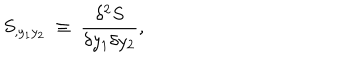
S _ { , y _ { 1 } y _ { 2 } } ~ \equiv ~ { \frac { \delta ^ { 2 } S } { \delta y _ { 1 } \delta y _ { 2 } } } ,